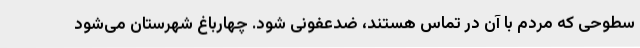
سطوحی که مردم با آن در تماس هستند، ضدعفونی شود. چهارباغ شهرستان می‌شود